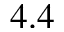
4 . 4